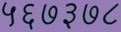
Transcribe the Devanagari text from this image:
५६७३७८